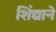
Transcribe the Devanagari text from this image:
शिंद्याने